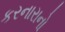
કરનારાનો